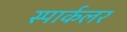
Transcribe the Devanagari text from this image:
स्पार्कलर